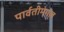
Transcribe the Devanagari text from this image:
पार्वतीमंगल